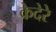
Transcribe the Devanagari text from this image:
क्रेदेरे